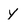
Character: y